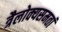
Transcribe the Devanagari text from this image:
त्रैलोक्यसमतां